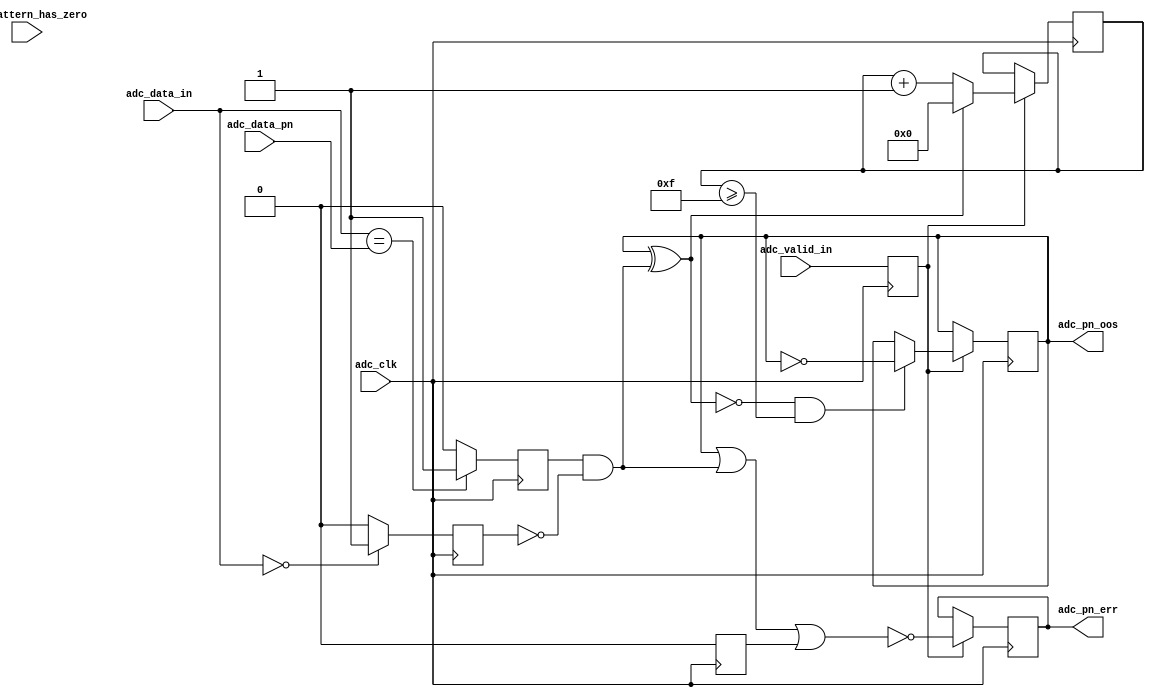
// ***************************************************************************
// ***************************************************************************
// Copyright (C) 2014-2023 Analog Devices, Inc. All rights reserved.
//
// In this HDL repository, there are many different and unique modules, consisting
// of various HDL (Verilog or VHDL) components. The individual modules are
// developed independently, and may be accompanied by separate and unique license
// terms.
//
// The user should read each of these license terms, and understand the
// freedoms and responsibilities that he or she has by using this source/core.
//
// This core is distributed in the hope that it will be useful, but WITHOUT ANY
// WARRANTY; without even the implied warranty of MERCHANTABILITY or FITNESS FOR
// A PARTICULAR PURPOSE.
//
// Redistribution and use of source or resulting binaries, with or without modification
// of this file, are permitted under one of the following two license terms:
//
//   1. The GNU General Public License version 2 as published by the
//      Free Software Foundation, which can be found in the top level directory
//      of this repository (LICENSE_GPL2), and also online at:
//      <https://www.gnu.org/licenses/old-licenses/gpl-2.0.html>
//
// OR
//
//   2. An ADI specific BSD license, which can be found in the top level directory
//      of this repository (LICENSE_ADIBSD), and also on-line at:
//      https://github.com/analogdevicesinc/hdl/blob/master/LICENSE_ADIBSD
//      This will allow to generate bit files and not release the source code,
//      as long as it attaches to an ADI device.
//
// ***************************************************************************
// ***************************************************************************
// PN monitors

`timescale 1ns/100ps

module ad_pnmon #(

  parameter DATA_WIDTH = 16,
  parameter OOS_THRESHOLD = 16,
  parameter ALLOW_ZERO_MASKING = 0
) (

  // adc interface

  input                       adc_clk,
  input                       adc_valid_in,
  input   [(DATA_WIDTH-1):0]  adc_data_in,
  input   [(DATA_WIDTH-1):0]  adc_data_pn,

  input                       adc_pattern_has_zero,

  // pn out of sync and error

  output                      adc_pn_oos,
  output                      adc_pn_err
);

  localparam CNT_W = $clog2(OOS_THRESHOLD);

  // internal registers

  reg                         adc_valid_d = 'd0;
  reg                         adc_pn_match_d = 'd0;
  reg                         adc_pn_match_z = 'd0;
  reg                         adc_pn_oos_int = 'd0;
  reg                         adc_pn_err_int = 'd0;
  reg  [CNT_W-1:0]            adc_pn_oos_count = 'd0;
  reg                         adc_valid_zero_d = 'b0;

  // internal signals

  wire                        adc_pn_match_d_s;
  wire                        adc_pn_match_z_s;
  wire                        adc_pn_match_s;
  wire                        adc_pn_update_s;
  wire                        adc_pn_err_s;
  wire                        adc_valid_zero;

  // make sure data is not 0, sequence will fail.

  assign adc_pn_match_d_s = (adc_data_in == adc_data_pn) ? 1'b1 : 1'b0;
  assign adc_pn_match_z_s = (adc_data_in == 'd0) ? 1'b1 : 1'b0;
  assign adc_pn_match_s = adc_pn_match_d & ~adc_pn_match_z;
  assign adc_pn_update_s = ~(adc_pn_oos_int ^ adc_pn_match_s);

  // Ignore sporadic zeros in middle of pattern if not out of sync
  // but OOS_THRESHOLD consecutive zeros would assert out of sync.
  assign adc_valid_zero = ALLOW_ZERO_MASKING & adc_pattern_has_zero &
                          ~adc_pn_oos_int & adc_pn_match_z_s;
  assign adc_pn_err_s = ~(adc_pn_oos_int | adc_pn_match_s | adc_valid_zero_d);

  // pn oos and counters (16 to clear and set).

  assign adc_pn_oos = adc_pn_oos_int;
  assign adc_pn_err = adc_pn_err_int;

  always @(posedge adc_clk) begin
    adc_valid_d <= adc_valid_in;
    adc_pn_match_d <= adc_pn_match_d_s;
    adc_pn_match_z <= adc_pn_match_z_s;
    adc_valid_zero_d <= adc_valid_zero;
    if (adc_valid_d == 1'b1) begin
      adc_pn_err_int <= adc_pn_err_s;
      if ((adc_pn_update_s == 1'b1) && (adc_pn_oos_count >= OOS_THRESHOLD-1)) begin
        adc_pn_oos_int <= ~adc_pn_oos_int;
      end
      if (adc_pn_update_s == 1'b1) begin
        adc_pn_oos_count <= adc_pn_oos_count + 1'b1;
      end else begin
        adc_pn_oos_count <= 'd0;
      end
    end
  end

endmodule